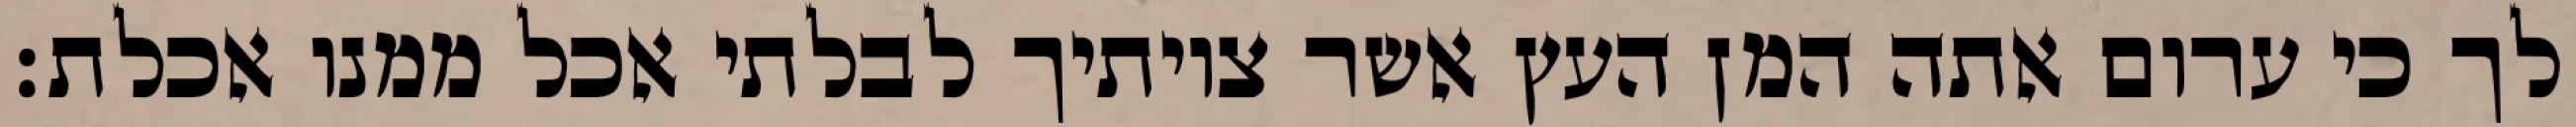
לך כי ערום אתה המן העץ אשר צויתיך לבלתי אכל ממנו אכלת׃